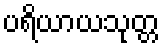
ပရိယာယသုတ္တ